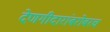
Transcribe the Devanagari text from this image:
देणगीदारांबरोबरच